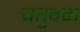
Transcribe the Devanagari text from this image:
चतुवक